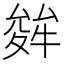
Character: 𭐩